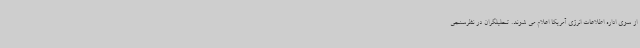
از سوی اداره اطلاعات انرژی آمریکا اعلام می شوند. تحلیلگران در نظرسنجی